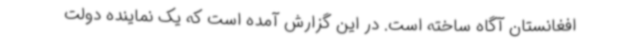
افغانستان آگاه ساخته است. در این گزارش آمده است که یک نماینده دولت